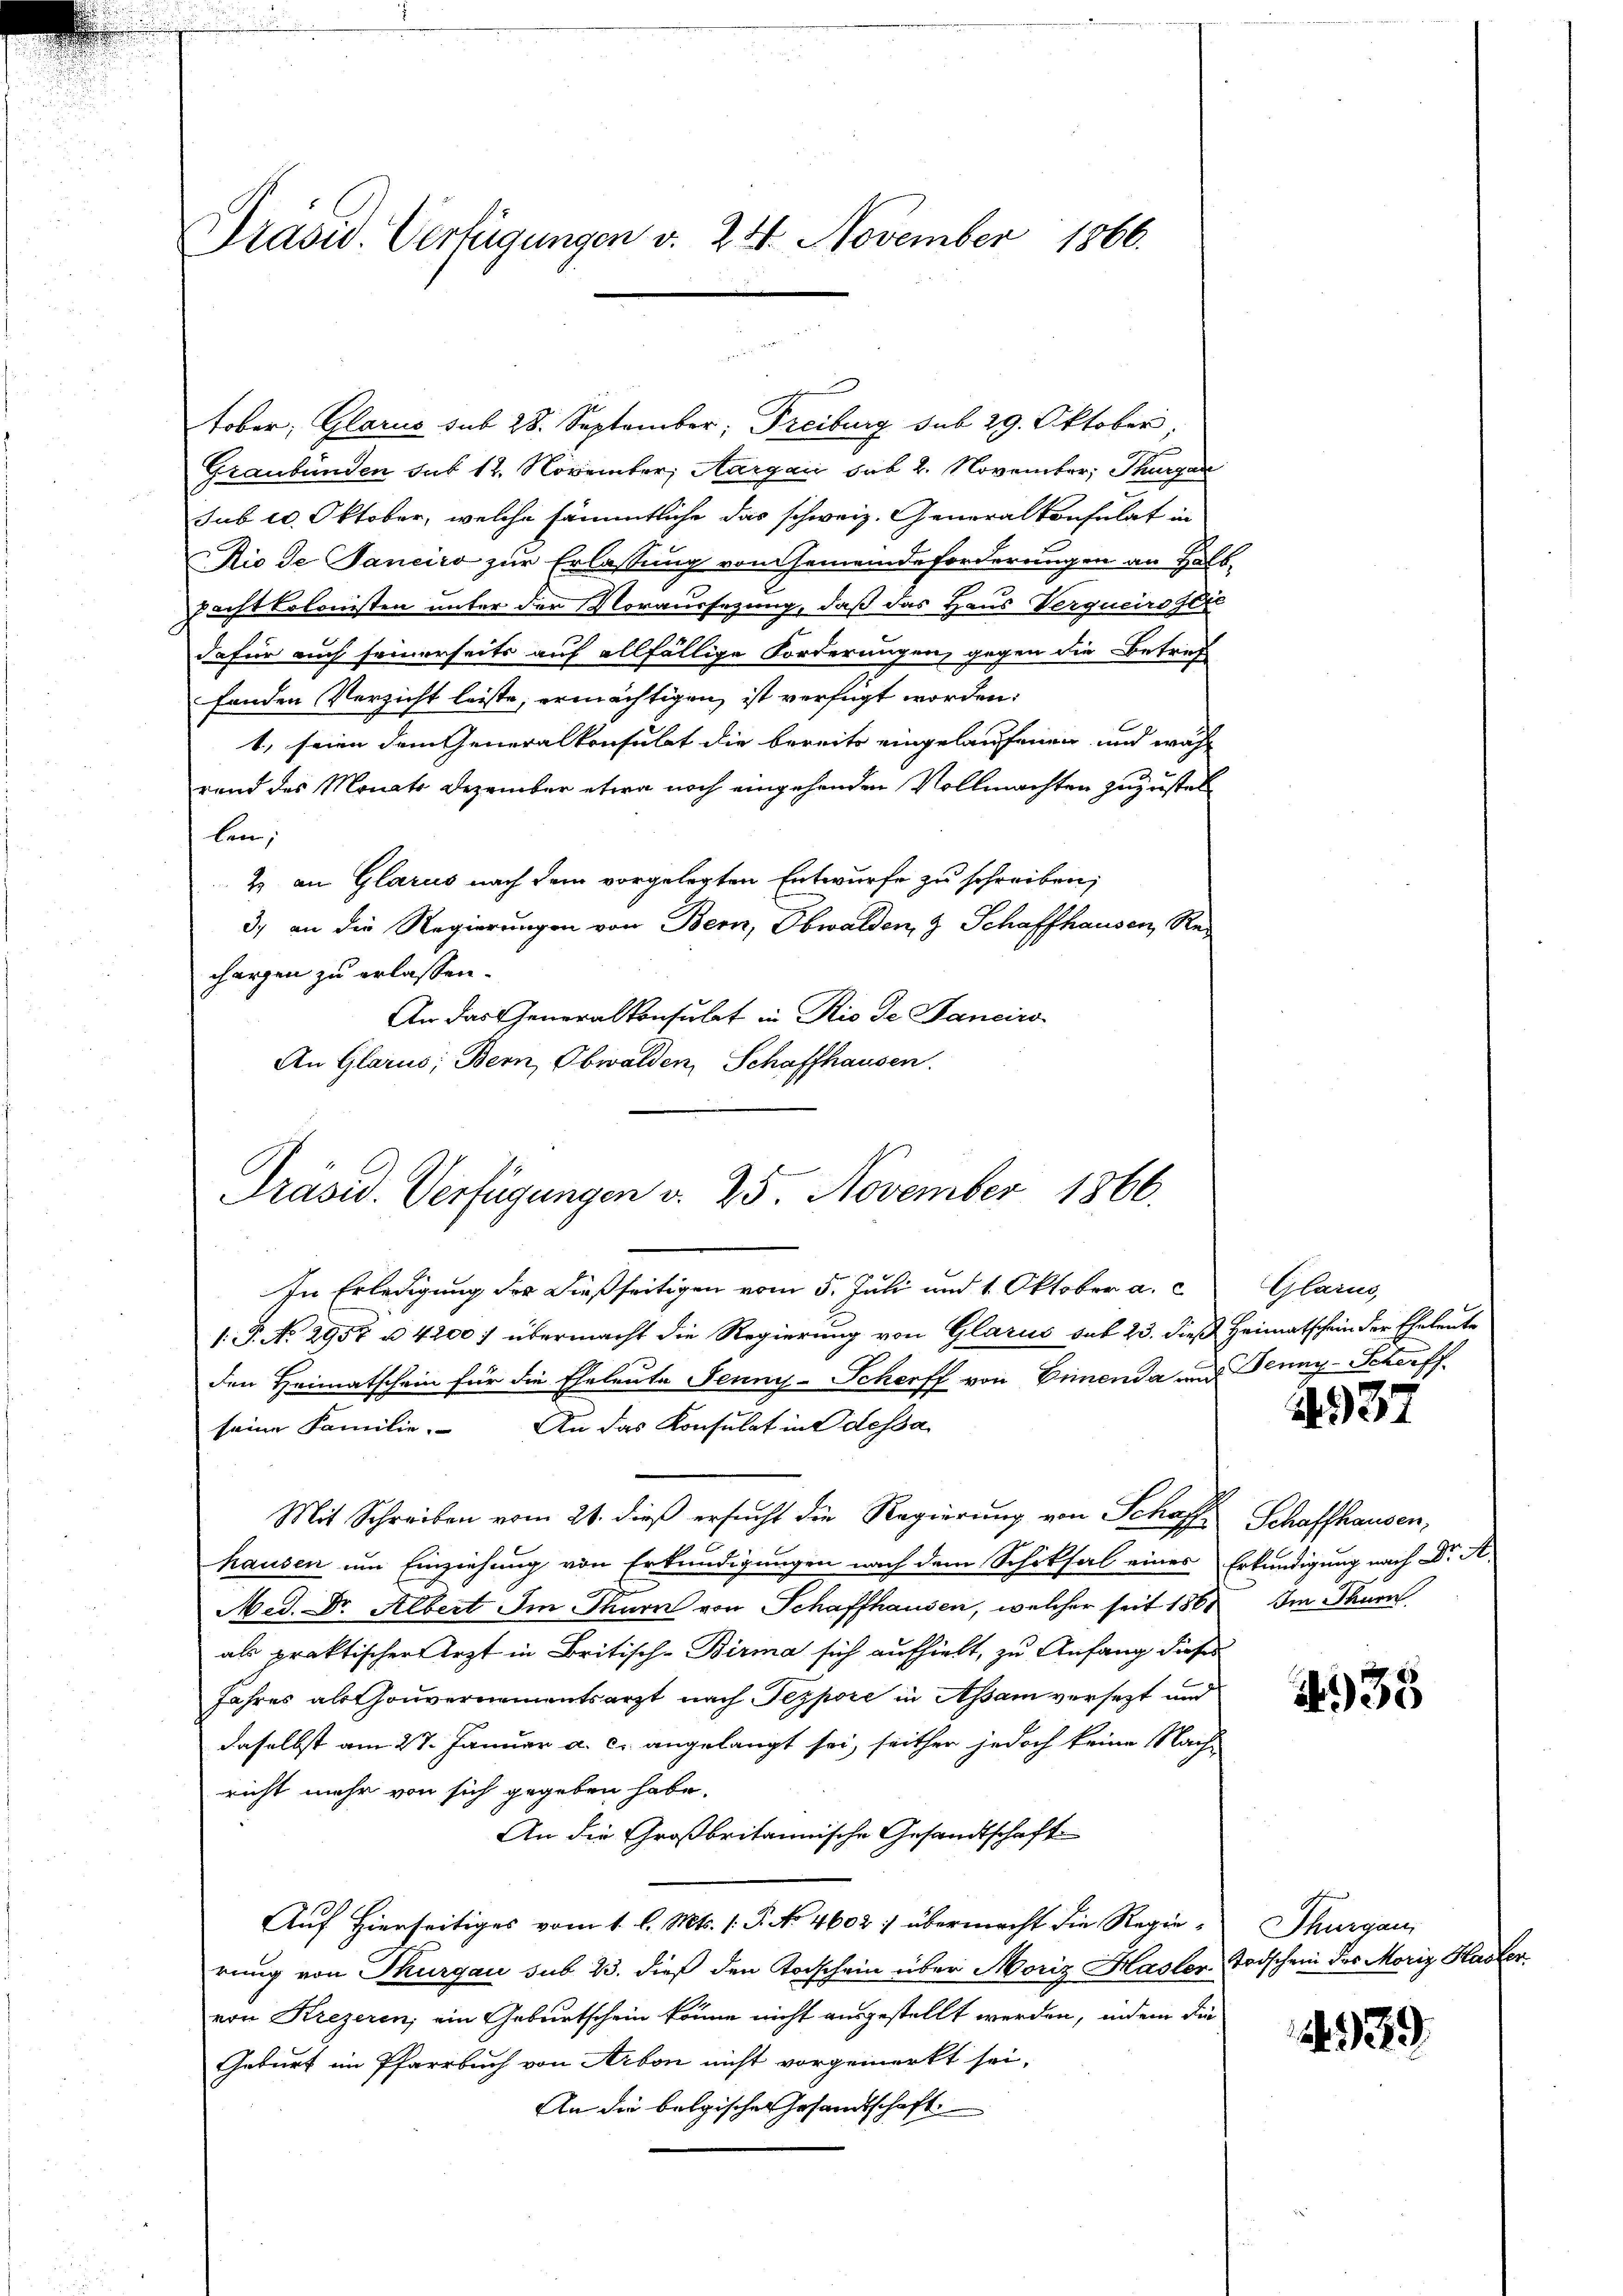
Präsid. Verfügungen v. 24. November 1866.

tober; Glarus sub 28. September; Freiburg sub 29. Oktober,
Graubünden sub 12. November, Aargau sub 2. November, Thurgare
sub 20. Oktober, welche sämmtliche das schweiz. Generalkonsulat in
Rio de Janeiro zur Erlassung von Gemeindeforderungen an Halbpachtkolonisten unter der Voraussezung, daß das Haus Verquersger
dafür auch seinerseits auf allfällige Forderungen, gegen die Betref
fanden Verzicht leiste, ermächtigen, ist verfügt worden:
t, seien dem Generalkonsulat die bereits eingelaufenen und währ
rend des Monats Dezember etwa noch eingehenden Vollmachten zuzustelben,
 & an Glarus nach dem vorgelegten Entwurfe zu schreiben,
3.) an die Regierungen von Bern, Obwalden, 3 Schaffhausen, Rechargen zu erlassen.
An das Generalkonsulat in Rio de Bancirs-
An Glarus; Bern, Obwalden, Schaffhausen.

Präsid. Verfügungen v. 25. November 1866.
In Erledigung der dießseitigen vom 5. Juli und 1. Oktober a.c

1. P. No. 2957 u. 4200. übermacht die Regierung von Glarus sub 23. dieß Heimatschein der Eheleute
den Heimatschein für die Eheleute Jenny-Scherff von Dimenda und Jenny-Scharff
seine Familie. An das Konsulat in Odessa
Mit Schreiben vom 21. dieß ersucht die Regierung von Schaffe Schaffhausen,
hausen um Einziehung von Erkundigungen nach dem Schiksal eines Erkundigung nach Dr A.
Med. Dr. Albert Im Thurn von Schaffhausen, welcher seit 1861
als praktischer Arzt in Britisch-Birma sich aufhielt, zu Anfang dieses
Jahres als Gouvernementsarzt nach Tezpore in Assam versezt und
daselbst am 27. Januar a. c. angelangt sei, seither jedoch keine Nach-
richt mehr von sich gegeben habe.
An die Großbritannische Gesandtschaft.
Auf hierseitiges vom 1. l. Mts. (T. No 4602: übermacht die Regierung von Thurgau sub 23. dieß den Vorschein über Moriz Hasler Todschein des Moriz Hasler
von Krezeren, ein Geburtschein könne nicht ausgestellt werden, indem die
Geburt im Pfarrbuch von Arbon nicht vorgemerkt sei,
An die belgische Gesandtschaft

Glarus

37

Im Thurn

438

Thurgau,

14939.